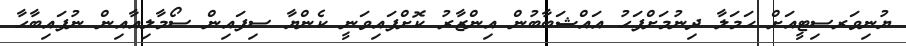
ޔުނިވަރސިޓީއަށް ޙަމަލާ ދިނުމަށްފަހު އައްޝަބާބުން އިންޒާރު ކޮށްފައިވަނީ ކެންޔާ ސިފައިން ސޯމާލިއާއިން ނުފައިބާހާ